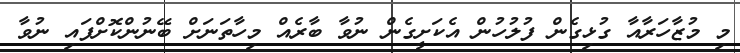
މި މުޒާހަރާއާ ގުޅިގެން ފުލުހުން އެކަށީގެން ނުވާ ބާރެެއް މިހާތަނަށް ބޭނުންކޮށްފައި ނުވާ